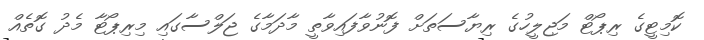
ކޮމިޓީގެ ރިޕޯޓް މަޖިލީހުގެ ރިޔާސަތަށް ފޮނުވާފައިވާތީ މާދަމާގެ ޖަލްސާގައި މިރިޕޯޓާ މެދު ގޮތެއް